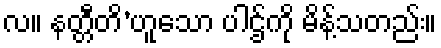
လ။ နတ္တီတိ’ဟူသော ပါဌ်ကို မိန့်သတည်း။